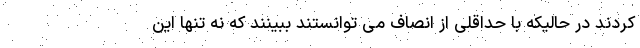
کردند در حالیکه با حداقلی از انصاف می توانستند ببینند که نه تنها این